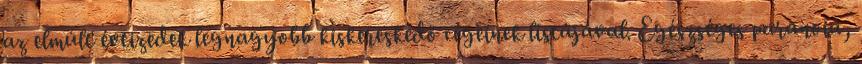
az elmúlt évtizedek legnagyobb kiskereskedő cégeinek listájával. Egészséges paranoia,